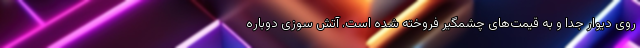
روی دیوار جدا و به قیمت‌های چشمگیر فروخته شده است. آتش سوزی دوباره